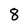
Character: 8